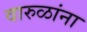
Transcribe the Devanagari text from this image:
वारुळांना